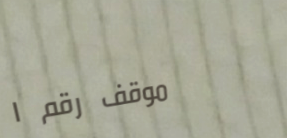
موقف رقم ١